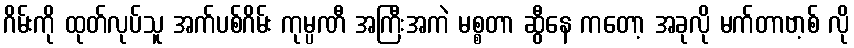
ဂိမ်းကို ထုတ်လုပ်သူ အက်ပစ်ဂိမ်း ကုမ္ပဏီ အကြီးအကဲ မစ္စတာ ဆွီနေ ကတော့ အခုလို မက်တာဗာ့စ် လို